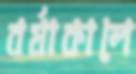
বর্ষাকালে